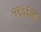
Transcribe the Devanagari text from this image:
१९६६ला